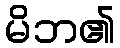
မိဘ၏